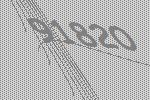
91820